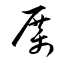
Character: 厲